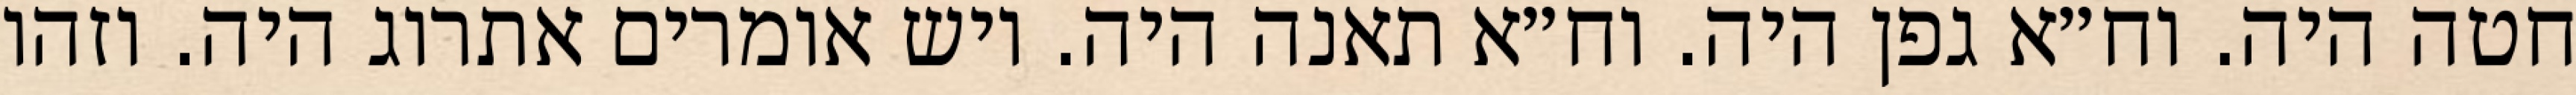
חטה היה. וח״א גפן היה. וח״א תאנה היה. ויש אומרים אתרוג היה. וזהו